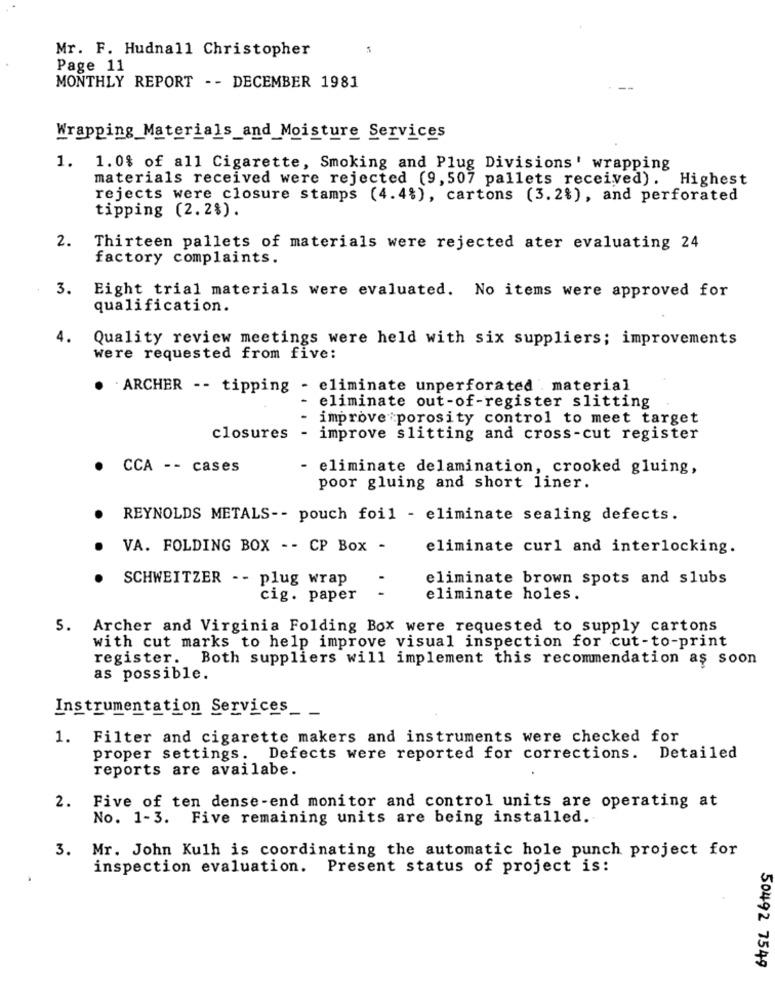
Mr. F. Hudnall Christopher
Page 11
MONTHLY REPORT -- DECEMBER 1981
Wrapping Materials_and_Moisture Services
1. 1.0% of all Cigarette, Smoking and Plug Divisions' wrapping
materials received were rejected (9,507 pallets received). Highest
rejects were closure stamps (4.4%), cartons (3.2%), and perforated
tipping (2.2%).
2.
Thirteen pallets of materials were rejected ater evaluating 24
factory complaints.
3. Eight trial materials were evaluated. No items were approved for
qualification.
4.
Quality review meetings were held with six suppliers; improvements
were requested from five:
. ARCHER -- tipping - eliminate unperforated . material
eliminate out-of-register slitting
improve porosity control to meet target
closures
- improve slitting and cross-cut register
CCA -- cases
eliminate delamination, crooked gluing,
poor gluing and short liner.
REYNOLDS METALS -- pouch foil - eliminate sealing defects.
VA. FOLDING BOX -- CP Box -
eliminate curl and interlocking.
SCHWEITZER -- plug wrap
eliminate brown spots and slubs
..
cig. paper
eliminate holes.
5. Archer and Virginia Folding Box were requested to supply cartons
with cut marks to help improve visual inspection for cut-to-print
register. Both suppliers will implement this recommendation as soon
as possible.
Instrumentation Services_ _
1. Filter and cigarette makers and instruments were checked for
proper settings. Defects were reported for corrections.
Detailed
reports are availabe.
2.
Five of ten dense-end monitor and control units are operating at
No. 1-3. Five remaining units are being installed.
3.
Mr. John Kulh is coordinating the automatic hole punch project for
inspection evaluation. Present status of project is:
50492 7549